Lunatic asylums United Provinces 1909-1921 - 1909-1921
Year: 1909
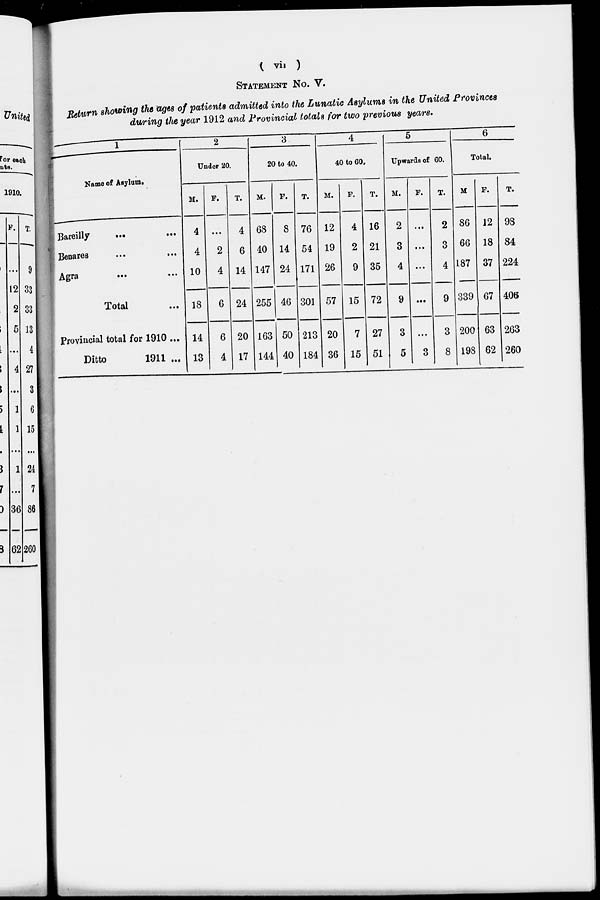
( vii )
STATEMENT No. V.
Return showing the ages of patients admitted into the Lunatic Asylums in the United Provinces
during the year 1912 and Provincial totals for two previous years.
1
Name of Asylum.
Bareilly
...
...
Benares
...
...
Agra
...
...
Total ...
Provincial total for 1910 ...
Ditto
1911 ...
2
Under 20.
M.
4
4
10
18
14
13
F.
...
2
4
6
6
4
T.
4
6
14
24
20
17
3
20 to 40.
M.
68
40
147
255
163
144
F.
8
14
24
46
50
40
T.
76
54
171
301
213
184
4
40 to 60.
M.
12
19
26
57
20
36
F.
4
2
9
15
7
15
T.
16
21
35
72
27
51
5
Upwards of 60.
M.
2
3
4
9
3
5
F.
...
...
...
...
...
3
T.
2
3
4
9
3
8
6
Total.
M.
86
66
187
339
200
198
F.
12
18
37
67
63
62
T.
98
84
224
406
263
260